Indian journal of veterinary science and animal husbandry - Volumes 26-27, 1956-1957
Year: 1956
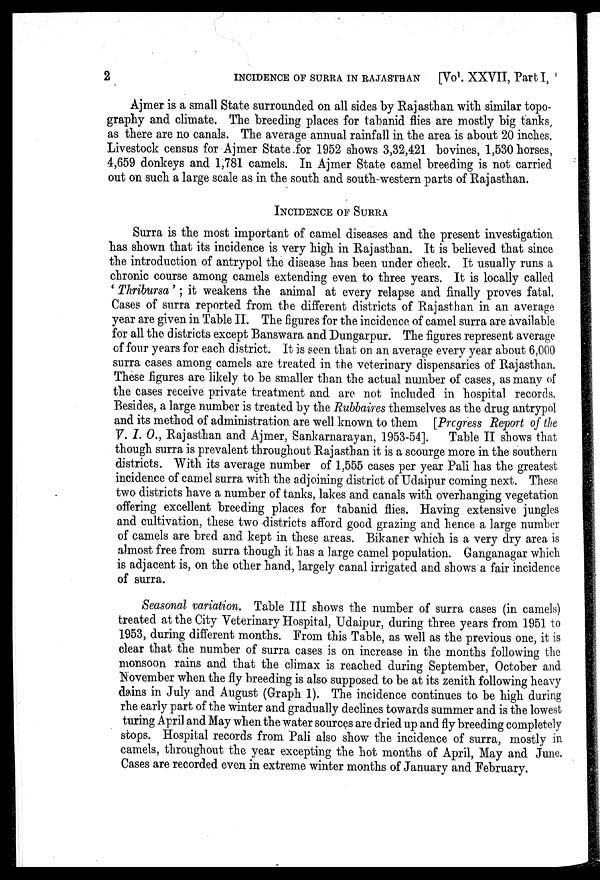
2
INCIDENCE OF SURRA IN RAJASTHAN
[Vo . XXVII, Part I,
Ajmer is a small State surrounded on all sides by Rajasthan with similar topo-
graphy and climate. The breeding places for tabanid flies are mostly big tanks,
as there are no canals. The average annual rainfall in the area is about 20 inches.
Livestock census for Ajmer State for 1952 shows 3,32,421 bovines, 1,530 horses,
4,659 donkeys and 1,781 camels. In Ajmer State camel breeding is not carried
out on such a large scale as in the south and south-western parts of Rajasthan.
INCIDENCE OF SURRA
Surra is the most important of camel diseases and the present investigation
has shown that its incidence is very high in Rajasthan. It is believed that since
the introduction of antrypol the disease has been under check. It usually runs a
chronic course among camels extending even to three years. It is locally called
'Thribursa'; it weakens the animal at every relapse and finally proves fatal.
Cases of surra reported from the different districts of Rajasthan in an average
year are given in Table II. The figures for the incidence of camel surra are available
for all the districts except Banswara and Dungarpur. The figures represent average.
of four years for each district. It is seen that on an average every year about 6,000
surra cases among camels are treated in the veterinary dispensaries of Rajasthan.
These figures are likely to be smaller than the actual number of cases, as many of
the cases receive private treatment and are not included in hospital records.
Besides, a large number is treated by the Rubbaires themselves as the drug antrypol
and its method of administration are well known to them [Progress Report of the
V. I. O., Rajasthan and Ajmer, Sankarnarayan, 1953-54]. Table II shows that
though surra is prevalent throughout Rajasthan it is a scourge more in the southern
districts. With its average number of 1,555 cases per year Pali has the greatest
incidence of camel surra with the adjoining district of Udaipur coming next. These
two districts have a number of tanks, lakes and canals with overhanging vegetation
offering excellent breeding places for tabanid flies. Having extensive jungles
and cultivation, these two districts afford good grazing and hence a large number
of camels are bred and kept in these areas. Bikaner which is a very dry area is
almost free from surra though it has a large camel population. Ganganagar which
is adjacent is, on the other hand, largely canal irrigated and shows a fair incidence
of surra. Seasonal variation. Table III shows the number of surra cases (in camels)
treated at the City Veterinary Hospital, Udaipur, during three years from 1951 to
1953, during different months. From this Table, as well as the previous one, it is
clear that the number of surra cases is on increase in the months following the
monsoon rains and that the climax is reached during September, October and
November when the fly breeding is also supposed to be at its zenith following heavy
dains in July and August (Graph 1). The incidence continues to be high during
rhe early part of the winter and gradually declines towards summer and is the lowest
turing April and May when the water sources are dried up and fly breeding completely
stops. Hospital records from Pali also show the incidence of surra, mostly in
camels, throughout the year excepting the hot months of April, May and June.
Cases are recorded even in extreme winter months of January and February.